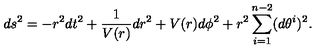
d s ^ { 2 } = - r ^ { 2 } d t ^ { 2 } + \frac { 1 } { V ( r ) } d r ^ { 2 } + V ( r ) d \phi ^ { 2 } + r ^ { 2 } \sum _ { i = 1 } ^ { n - 2 } ( d \theta ^ { i } ) ^ { 2 } .